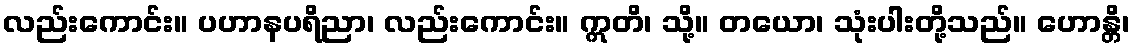
လည်းကောင်း။ ပဟာနပရိညာ၊ လည်းကောင်း။ ဣတိ၊ သို့။ တယော၊ သုံးပါးတို့သည်။ ဟောန္တိ၊